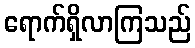
ရောက်ရှိလာကြသည်